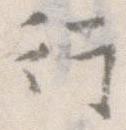
行